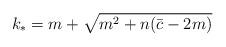
LaTeX: \begin{align*}k_{*}=m +\sqrt{m^{2}+n(\bar{c}-2m)}\end{align*}